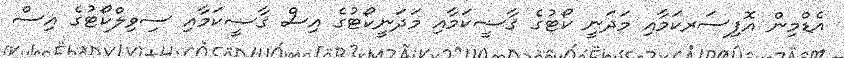
އެޑްމިން އޮފިސަރކަމާއި މަދަނީ ކޯޓުގެ ޤާޟީކަމާއި މަދަނީކޯޓުގެ އިސް ޤާޟީކަމާއި ސިވިލްކޯޓުގެ އިސް